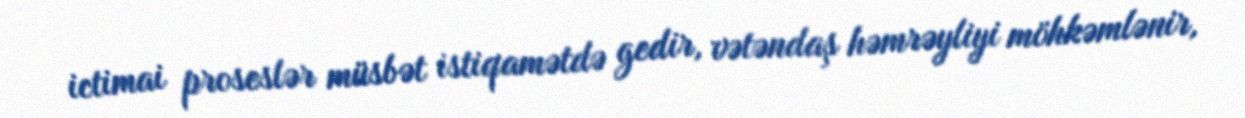
ictimai proseslər müsbət istiqamətdə gedir, vətəndaş həmrəyliyi möhkəmlənir,